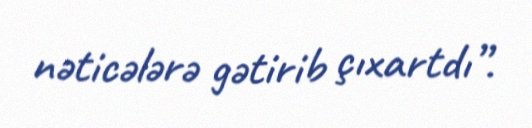
nəticələrə gətirib çıxartdı”.